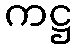
ကဋ္ဌ